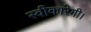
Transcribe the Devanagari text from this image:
स्वीकारेगी।